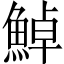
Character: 𩷹